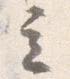
立